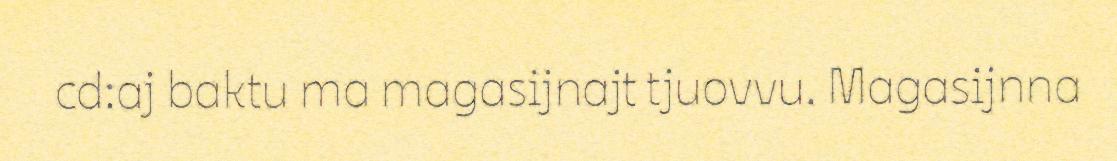
cd:aj baktu ma magasijnajt tjuovvu. Magasijnna